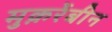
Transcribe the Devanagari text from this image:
मुक़र्रेबीन